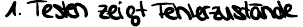
1. Testen zeigt Fehlerzustände